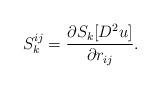
LaTeX: \begin{align*}S^{ij}_k = \frac{\partial S_k [D^2u]}{\partial r_{ij}}.\end{align*}